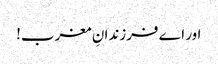
اور اے فرزندانِ مغرب!